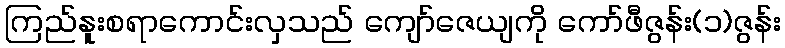
ကြည်နူးစရာကောင်းလှသည် ကျော်ဇေယျကို ကော်ဖီဇွန်း(၁)ဇွန်း